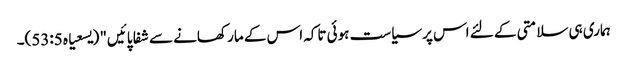
ہماری ہی سلامتی کے لئے اس پر سیاست ہوئی تاکہ اس کے مار کھانے سے شفا پائیں" (یسعیاہ 53:5)۔